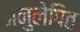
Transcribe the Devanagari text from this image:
अनुलेपित